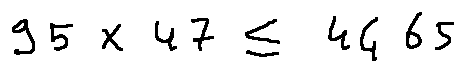
9 5 \times 4 7 \leq 4 4 6 5